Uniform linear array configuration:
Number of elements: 32
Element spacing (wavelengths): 1
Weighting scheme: kaiser
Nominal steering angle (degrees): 45
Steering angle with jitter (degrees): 43.085
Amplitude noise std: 0.05
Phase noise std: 0.05

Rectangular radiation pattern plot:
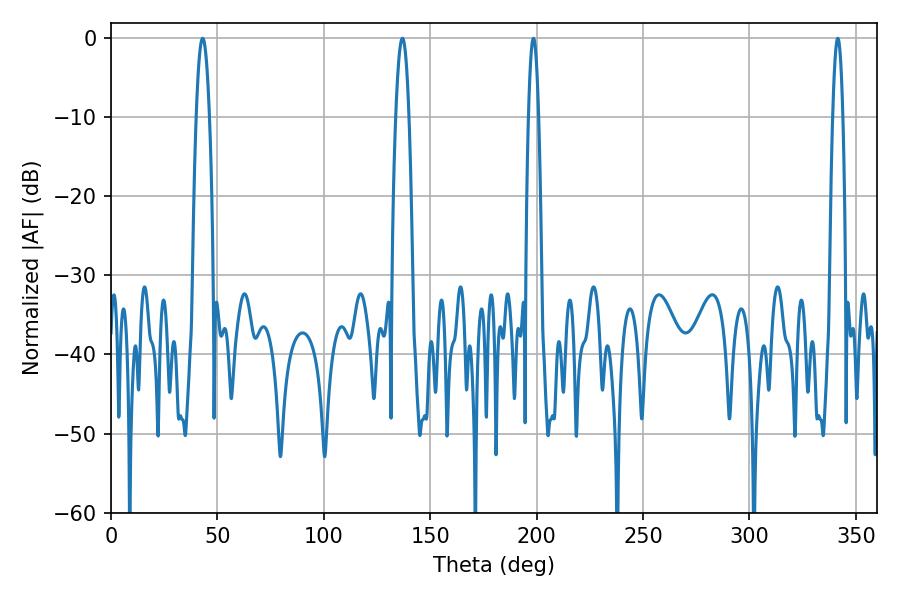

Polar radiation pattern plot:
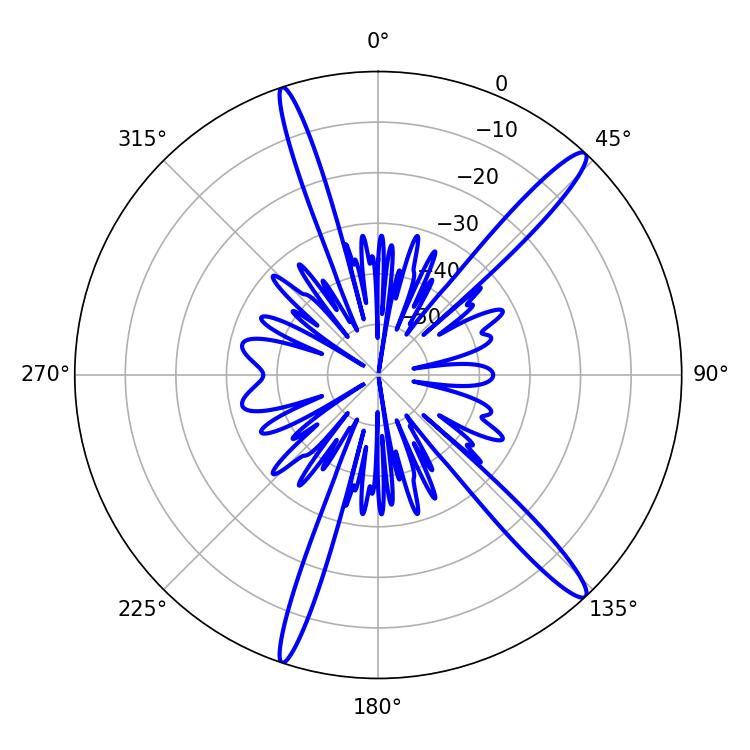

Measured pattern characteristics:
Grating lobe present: TRUE
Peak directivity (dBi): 15.463
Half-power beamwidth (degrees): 3.42
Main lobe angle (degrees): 43.02